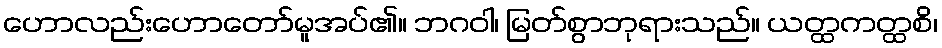
ဟောလည်းဟောတော်မူအပ်၏။ ဘဂဝါ၊ မြတ်စွာဘုရားသည်။ ယတ္ထကတ္ထစိ၊